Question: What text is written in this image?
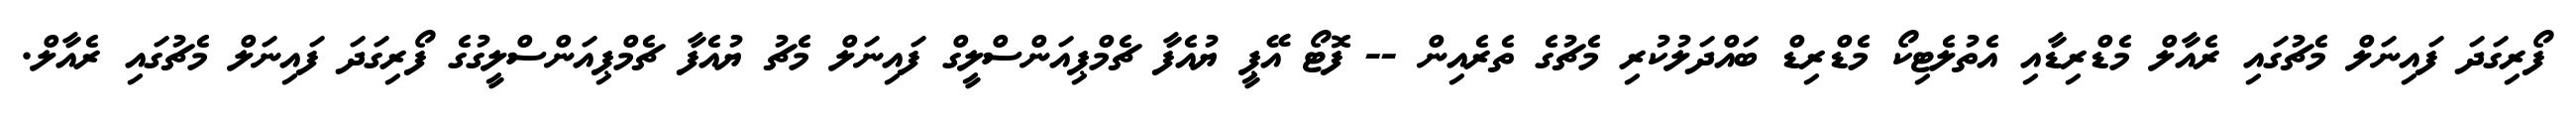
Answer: ފޯރިގަދަ ފައިނަލް މެޗުގައި ރެއާލް މެޑްރިޑާއި އެތުލެޓިކޯ މެޑްރިޑް ބައްދަލުކުރި މެޗުގެ ތެރެއިން -- ފޮޓޯ އޭޕީ ޔުއެފާ ޗެމްޕިއަންސްލީގް ފައިނަލް މެޗު ޔުއެފާ ޗެމްޕިއަންސްލީގުގެ ފޯރިގަދަ ފައިނަލް މެޗުގައި ރެއާލް.